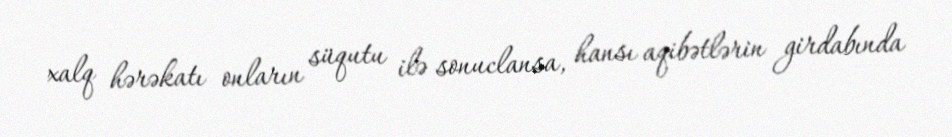
xalq hərəkatı onların süqutu ilə sonuclansa, hansı aqibətlərin girdabında